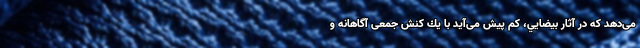
می‌دهد كه در آثار بيضايي، كم‌ پيش می‌آيد با يك كنش جمعی آگاهانه و